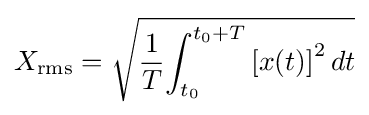
X_{\mathrm {rms} }={\sqrt {{1 \over {T}}{\int _{t_{0}}^{t_{0}+T}{[x(t)]}^{2}\,dt}}}